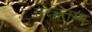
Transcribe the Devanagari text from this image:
उच्चतम्म